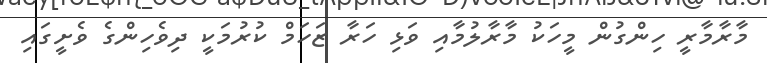
މާރާމާރީ ހިންގުން މީހަކު މާރާލުމާއި ވަޅި ހަރާ ޒަހަމް ކުރުމަކީ ދިވެހިންގެ ވެށީގައި